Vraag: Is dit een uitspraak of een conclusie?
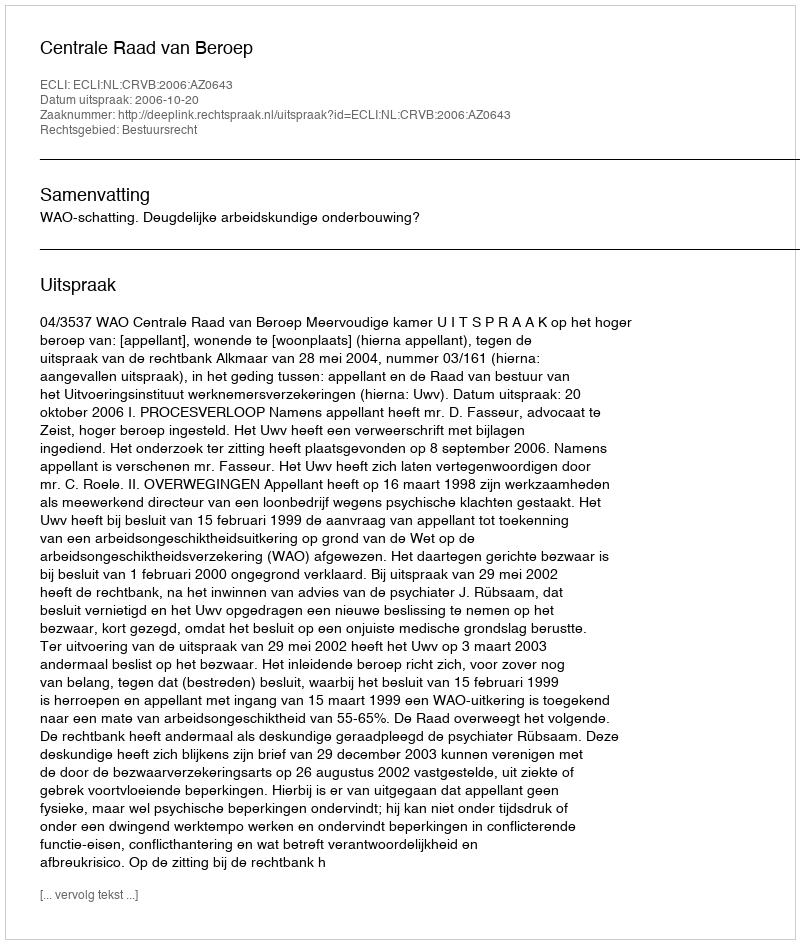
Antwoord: Uitspraak